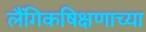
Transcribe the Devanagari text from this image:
लैंगिकषिक्षणाच्या